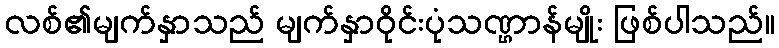
လစ်၏မျက်နှာသည် မျက်နှာဝိုင်းပုံသဏ္ဌာန်မျိုး ဖြစ်ပါသည်။